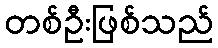
တစ်ဦးဖြစ်သည်